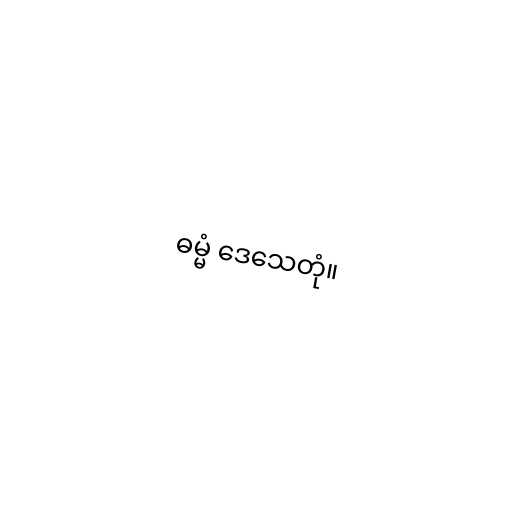
ဓမ္မံ ဒေသေတုံ။